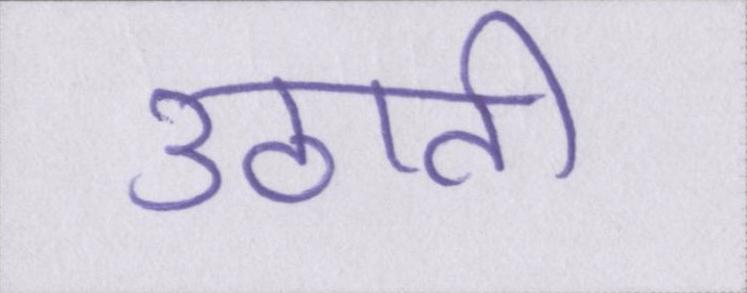
उठाती